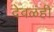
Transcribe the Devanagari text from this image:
देवळंही